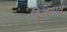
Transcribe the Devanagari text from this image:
विखयात